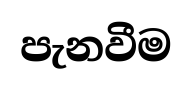
පැනවීම